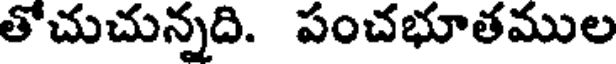
తోచుచున్నది. పంచభూతముల